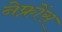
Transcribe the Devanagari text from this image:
नेफ्रोंस